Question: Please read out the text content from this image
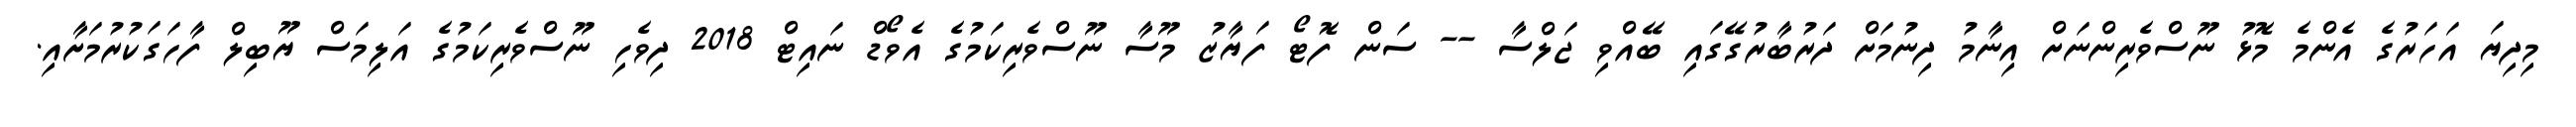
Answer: މިދިޔަ އަހަރުގެ އެންމެ މޮޅު ނޫސްވެރިންނަށް އިނާމު ދިނުމަށް ދަރުބާރުގޭގައި ބޭއްވި ޖަލްސާ -- ސަން ފޮޓޯ ފަޔާޒު މޫސާ ނޫސްވެރިކަމުގެ އެވޯޑް ނައިޓް 2018 ދިވެހި ނޫސްވެރިކަމުގެ އަލިމަސް ޔޫބިލް ފާހަގަކުރުމަށާއި.